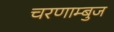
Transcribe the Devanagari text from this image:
चरणाम्बुज